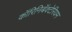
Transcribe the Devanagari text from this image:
कॉरिनिबॅक्टेरियम